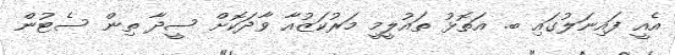
އެއީ ފައިނަލުގައި ބ. އަތޮޅު ތައުލީމީ މަރުކަޒުއާ ވާދަކޮށް ސީދާ ތިން ސެޓުން